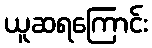
ယူဆရကြောင်း